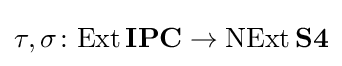
\tau ,\sigma \colon \mathrm {Ext} \,\mathbf {IPC} \to \mathrm {NExt} \,\mathbf {S4}